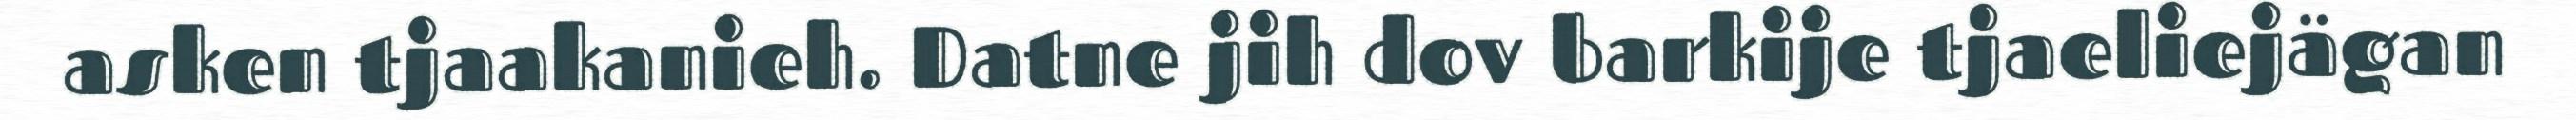
asken tjaakanieh. Datne jih dov barkije tjaeliejägan